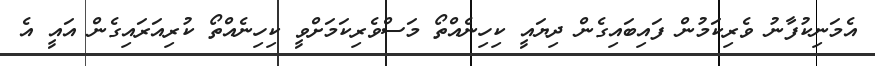
އެމަނިކުފާނު ވެރިކަމުން ފައިބައިގެން ދިޔައީ ކިހިނެއްތޯ މަސްވެރިކަމަށްވީ ކިހިނެއްތޯ ކުރިއަރައިގެން އައީ އެ